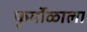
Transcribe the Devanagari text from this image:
फुर्मोळाला